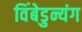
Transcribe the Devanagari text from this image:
विंबेडुन्यंग